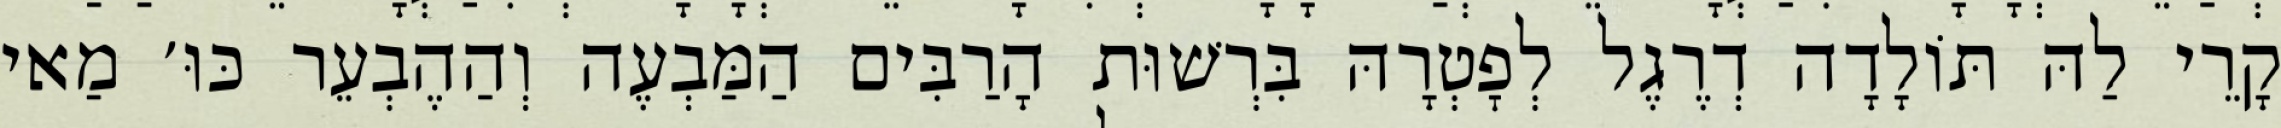
קָרֵי לַהּ תּוֹלָדָה דְרֶגֶל לְפׇטְרָהּ בִּרְשׁוּת הָרַבִּים הַמַּבְעֶה וְהַהֶבְעֵר כּוּ׳ מַאי